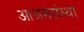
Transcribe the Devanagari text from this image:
आश्रमसंस्था